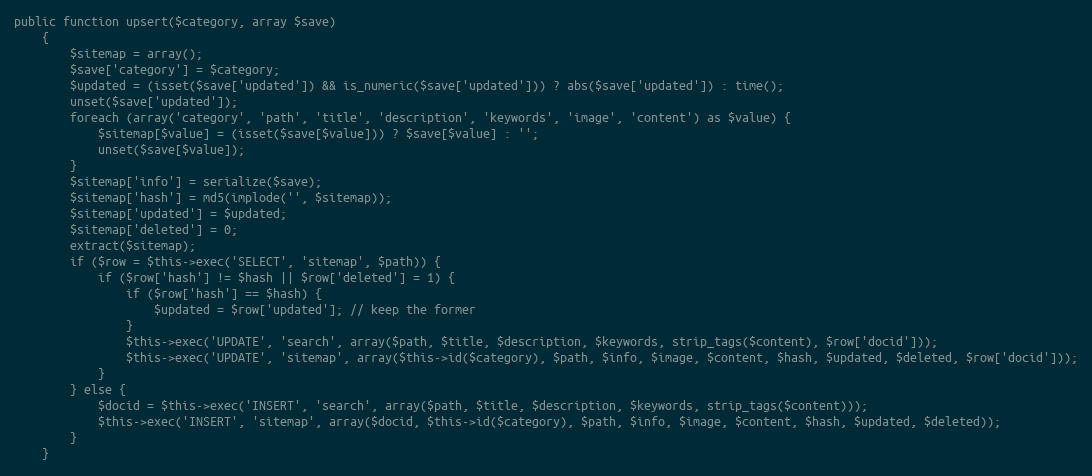
Language: PHP
public function upsert($category, array $save)
    {
        $sitemap = array();
        $save['category'] = $category;
        $updated = (isset($save['updated']) && is_numeric($save['updated'])) ? abs($save['updated']) : time();
        unset($save['updated']);
        foreach (array('category', 'path', 'title', 'description', 'keywords', 'image', 'content') as $value) {
            $sitemap[$value] = (isset($save[$value])) ? $save[$value] : '';
            unset($save[$value]);
        }
        $sitemap['info'] = serialize($save);
        $sitemap['hash'] = md5(implode('', $sitemap));
        $sitemap['updated'] = $updated;
        $sitemap['deleted'] = 0;
        extract($sitemap);
        if ($row = $this->exec('SELECT', 'sitemap', $path)) {
            if ($row['hash'] != $hash || $row['deleted'] = 1) {
                if ($row['hash'] == $hash) {
                    $updated = $row['updated']; // keep the former
                }
                $this->exec('UPDATE', 'search', array($path, $title, $description, $keywords, strip_tags($content), $row['docid']));
                $this->exec('UPDATE', 'sitemap', array($this->id($category), $path, $info, $image, $content, $hash, $updated, $deleted, $row['docid']));
            }
        } else {
            $docid = $this->exec('INSERT', 'search', array($path, $title, $description, $keywords, strip_tags($content)));
            $this->exec('INSERT', 'sitemap', array($docid, $this->id($category), $path, $info, $image, $content, $hash, $updated, $deleted));
        }
    }